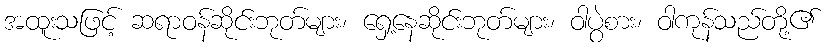
အထူးသဖြင့် ဆရာဝန်ဆိုင်းဘုတ်များ၊ ရှေ့နေဆိုင်းဘုတ်များ၊ ဝါပွဲစား၊ ဝါကုန်သည်တို့၏